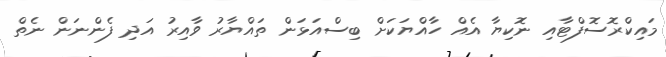
މައިކްރޮސޮފްޓާއި ނޮކިޔާ އެއް ހާއްޔަކަށް ބިސްއަޅަން ތައްޔާރު ވާއިރު އަދި ފެންނަން ނެތް